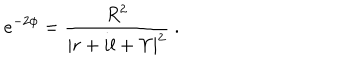
LaTeX: e ^ { - 2 \phi } = \frac { R ^ { 2 } } { | r + i l + \Upsilon | ^ { 2 } } \ .